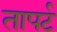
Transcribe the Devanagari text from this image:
तापर्ट